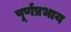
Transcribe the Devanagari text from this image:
पूर्णप्रभाय